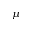
\mu